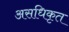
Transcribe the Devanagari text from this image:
असधिकृत